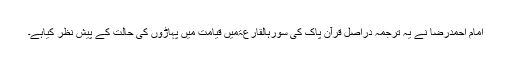
امام احمدرضا نے یہ ترجمہ دراصل قرآنِ پاک کی سورہالقارعۃمیں قیامت میں پہاڑوں کی حالت کے پیشِ نظر کیاہے۔